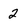
Character: 2